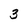
Character: 3